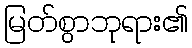
မြတ်စွာဘုရား၏